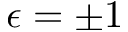
\epsilon = \pm 1